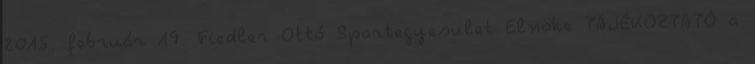
2015. február 19. Fiedler Ottó Sportegyesület Elnöke TÁJÉKOZTATÓ a